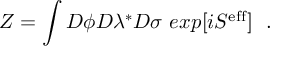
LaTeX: Z = \int D \phi D \lambda ^ { * } D \sigma \, \, e x p [ i S ^ { \mathrm { e f f } } ] \, \, \, \, .